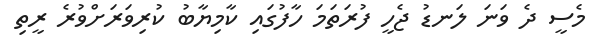
މެސީ ދެ ވަނަ ލަނޑު ޖެހީ ފުރަތަމަ ހާފުގައި ކާމިޔާބު ކުރިވަރަށްވުރެ ރީތި